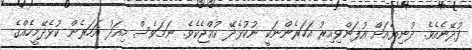
ފުދޭނެއެވެ. ދުނިޔެއަށް އުފަންވިއިރު އަހަރެންނަކީ ނުކުޅެދޭ ކުއްޖެކެވެ. ނަމަވެސް މިއަދު އަހަރެން ކުޅެދޭމީހެއްގެ